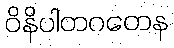
ဝိနိပါတဂတေန